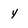
Character: 4